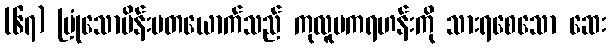
(၆၇) မြုံသောမိန်းမတယောက်သည် ကုလူပကရဟန်းကို သားရစေသော ဆေး